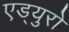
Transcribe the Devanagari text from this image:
एड्‌युरो